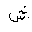
Letter: _shin